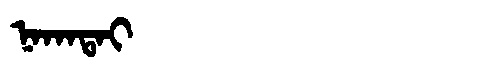
Manchu: ᠨᠠᡴᠠᡨᠠᡳ
Romanization: NAKATAI